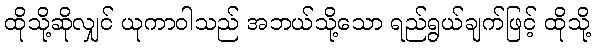
ထိုသို့ဆိုလျှင် ယုကာဝါသည် အဘယ်သို့သော ရည်ရွယ်ချက်ဖြင့် ထိုသို့